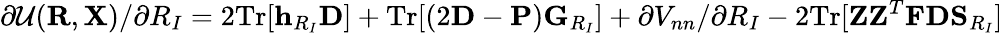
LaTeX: \partial{\cal U}({\mathbf R},{\mathbf X})/\partial R_{I}=2\mathrm{Tr}[{\mathbf h}_{R_{I}}{\mathbf D}]+\mathrm{Tr}[(2{\mathbf D}-{\mathbf P}){\mathbf G}_{R_{I}}]+\partial V_{nn}/\partial R_{I}-2\mathrm{Tr}[{\mathbf Z}{\mathbf Z}^{T}{\mathbf F}{\mathbf D}{\mathbf S}_{R_{I}}]